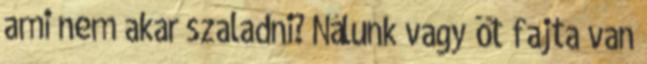
ami nem akar szaladni? Nálunk vagy öt fajta van